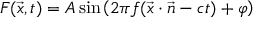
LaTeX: F ( { \vec { x } } , t ) = A \sin \left( 2 \pi f ( { \vec { x } } \cdot { \vec { n } } - c t ) + \varphi \right)